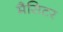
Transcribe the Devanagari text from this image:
मैसिटर